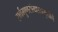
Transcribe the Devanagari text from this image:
सर्वगुणसंग्राहकवृत्तीने